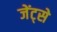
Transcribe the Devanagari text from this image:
जेंट्से